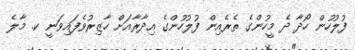
ފުލުހުން ހޯދާ ދެ މީހުންގެ ތެރެއިން ފުލުހުންގެ އިދާރާއަށް ހާޒިރުވެފައިވަނީ ކ. މާލެ